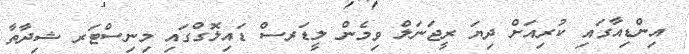
އިންޑިއާގައި ކުރިއަށް ދިޔަ ރީޖަނަލް ވިމެން ލީޑަރސް ޑައިލޮގްގައި މިނިސްޓަރ ޝިދާތާ